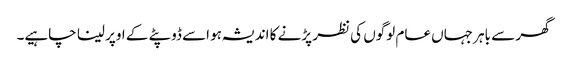
گھر سے باہر جہاں عام لوگوں کی نظر پڑنے کا اندیشہ ہو اسے ڈوپٹے کے اوپر لینا چاہیے۔